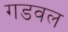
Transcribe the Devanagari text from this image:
गडवल